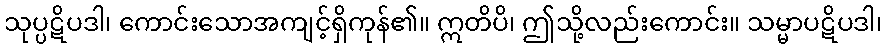
သုပ္ပဋိပဒါ၊ ကောင်းသောအကျင့်ရှိကုန်၏။ ဣတိပိ၊ ဤသို့လည်းကောင်း။ သမ္မာပဋိပဒါ၊